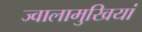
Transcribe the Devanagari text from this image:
ज्वालामुखियां